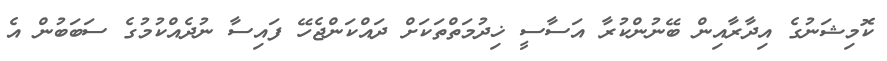
ކޮމިޝަނުގެ އިދާރާއިން ބޭނުންކުރާ އަސާސީ ޚިދުމަތްތަކަށް ދައްކަންޖެހޭ ފައިސާ ނުދެއްކުމުގެ ސަބަބުން އެ